Vaccination in the Punjab 1867-1880 - 1867-1880
Year: 1867
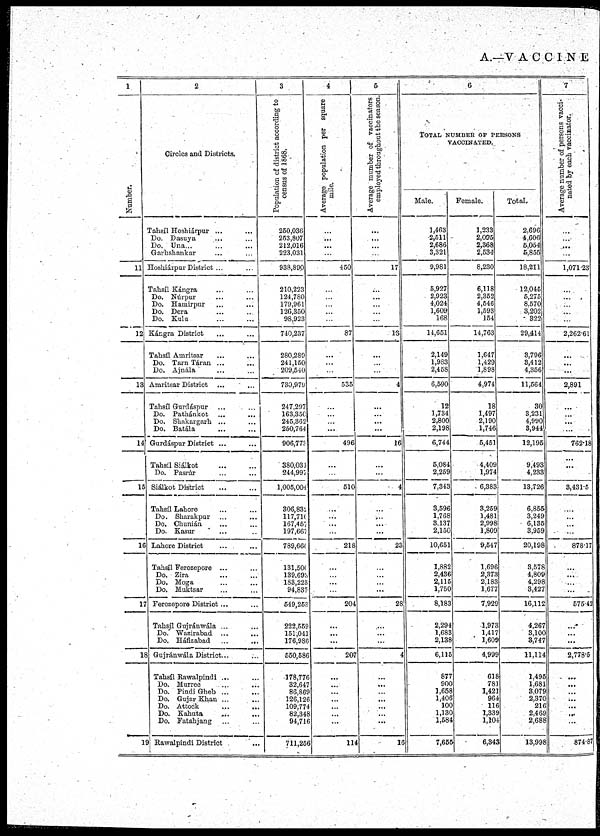
A.—VACCINE
1
Number.
11
12
13
14
15
16
17
18
19
2
Circles and Districts.
Tahsíl Hoshiárpur ... ...
Do. Dasuya ... ...
Do. Una... ... ...
Garhshankar ... ...
Hoshiárpur District ... ...
Tahsíl Kángra ... ...
Do. Núrpur ... ...
Do. Hamirpur ... ...
Do. Dera ... ...
Do. Kulu ... ...
Kángra District ... ...
Tabsíl Amritsar ... ...
Do. Tarn Táran ... ...
Do. Ajnála ... ...
Amritsar District ... ...
Tahsíl Gurdáspur ... ...
Do. Pathánkot ... ...
Do. Shakargarb ... ...
Do. Batála ... ...
Gurdáspur District ... ...
Tahsíl Siálkot ... ...
Do. Pasrúr ... ...
Siálkot District ... ...
Tahsíl Lahore ... ...
Do. Sharakpur ... ...
Do. Chunián ... ...
Do. Kasur ... ...
Lahore District ... ...
Tahsíl Ferozepore ... ...
Do. Zira ... ...
Do. Moga ... ...
Do. Muktsar ... ...
Ferozepore District... ...
Tabsíl Gujránwála ... ...
Do. Wazirabad ... ...
Do. Háfizabad
...
...
Gujránwála District... ...
Tabsíl Rawalpindi ... ...
Do. Murree ... ...
Do. Pindi Gheb ... ...
Do. Gujar Khan ... ...
Do. Attock ... ...
Do. Kahuta ... ...
Do. Fatahjang ... ...
Rawalpindi District ...
3
Population of district according to
census of 1868.
250,036
253,807
212,016
223,031
938,890
210,223
124,780
179,961
126,350
98,923
710,237
280,289
241,150
209,540
730,979
247,297
163,350
245,362
250,764
906,773
380,031
244,997
1,005,004
306,832
117,710
167,457
197,667
789,660
131,500
139,693
183,223
94,837
549,253
222,559
151,041
176,986
550,586
178,776
32,647
86,869
126,126
109,774
82,348
94,716
711,256
4
Average population per square
mile.
...
...
...
...
450
...
...
...
...
...
87
...
...
...
535
...
...
...
...
496
...
...
510
...
...
...
...
218
...
...
...
...
204
...
...
...
207
...
...
...
...
...
...
...
114
5
A verage number of vaccinators
employed throughout the season.
...
...
...
...
17
...
...
...
...
...
13
...
...
...
4
...
...
...
...
16
...
...
4
...
...
...
...
23
...
...
...
...
28
...
...
...
4
...
...
...
...
...
...
...
16
6
TOTAL NUMBER OF PERSONS
VACCINATED.
Male.
1,463
2,511
2,686
3,321
9,981
5,927
2,923
4,024
1,609
168
14,651
2,149
1,983
2,458
6,590
12
1,734
2,800
2,198
6,744
5,084
2,259
7,343
3,596
1,768
3,137
2,150
10,651
1,882
2,436
2,115
1,750
8,183
2,294
1,683
2,138
6,115
877
900
1,658
1,406
100
1,130
1,584
7,655
Female.
1,233
2,095
2,368
2,534
8,230
6,118
2,352
4,546
1,593
154
14,763
1,647
1,429
1,898
4,974
18
1,497
2,190
1,746
5,451
4,409
1,974
6,383
3,259
1,481
2,998
1,809
9,547
1,696
2,373
2,183
1,677
7,929
1,973
1,417
1,609
4,999
618
781
1,421
964
116
1,339
1,104
6,343
Total.
2,696
4,606
5,054
5,855
18,211
12,045
6,275
8,570
3,202
322
29,414
3,796
3,412
4,356
11,564
30
3,231
4,990
3,944
12,195
9,493
4,233
13,726
6,855
3,249
6,135
3,959
20,198
3,578
4,809
4,298
3,427
16,112
4,267
3,100
3,747
11,114
1,495
1,681
3,079
2,370
216
2,469
2,688
13,998
7
Average number of persons vacci-
nated by each vaccinator.
...
...
...
...
1,071.23
...
...
...
...
...
2,262.61
...
...
...
2,891
...
...
...
...
762.18
...
...
3,431.5
...
...
...
...
878.17
...
...
...
...
575.42
...
...
...
2,778.5
...
...
...
...
...
...
...
874.87